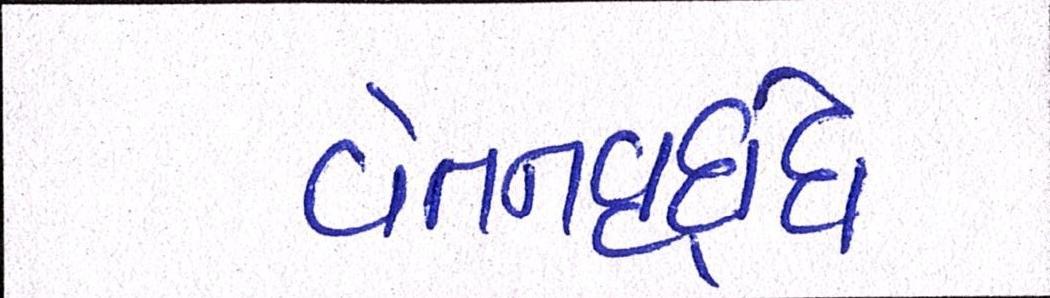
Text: વેતનવૃદ્ધિ